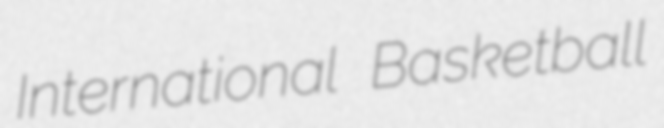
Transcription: International Basketball